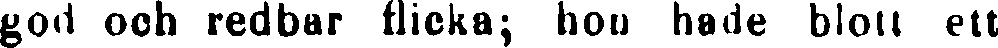
god och redbar flicka; hon hade blott ett